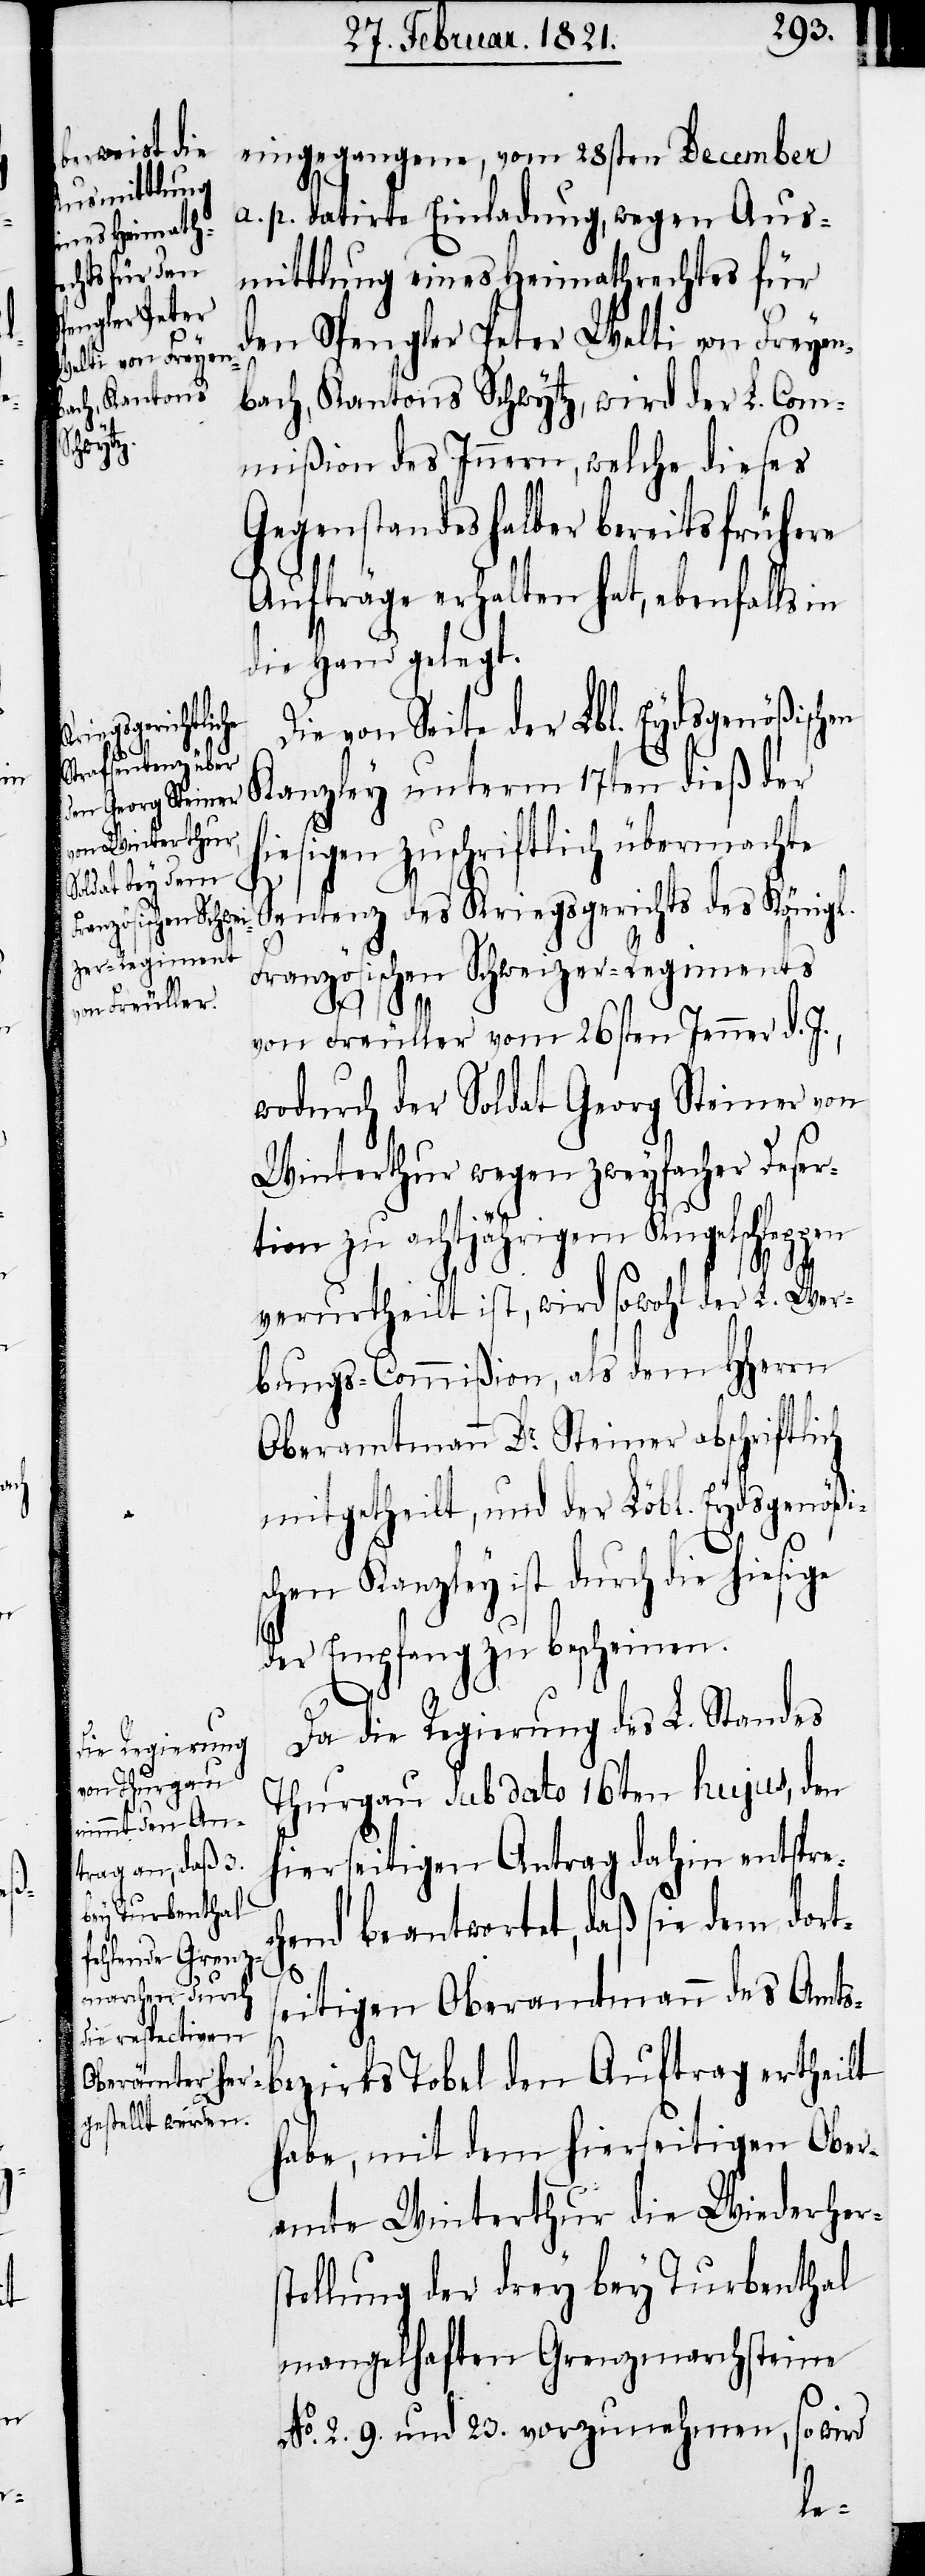
en

schen

Die von Seite der Lobl. Eydsgenößisch¬
Kanzley unterm 17ten dieß der
hiesigen zuschriftlich übermachte
Sentenz des Kriegsgerichts des Königl.
Französischen Schweizer-Regiments
ch
von Freuller vom 26sten Jenner d. J.,
wodurch der Soldat Georg Steiner von
Winterthur wegen zweyfacher Deser¬
tion zu achtjährigem Kugelschleppen
verurtheilt ist, wird sowohl der L. Wer¬
bungs-Commißion, als dem HHerrn
Oberamtmann Dr. Steiner abschriftli¬
mitgetheilt, und der Löbl. Eydsgenößi¬
Kanzley ist durch die hiesige
der Empfang zu bescheinen.
Da die Regierung des L. Standes
Thurgau sub dato 16ten hujus, den
hierseitigen Antrag dahin entsprec¬
hend beantwortet, daß sie dem dort¬
seitigen Oberamtmann des Amts¬
bezirks Tobel den Auftrag ertheilt
habe, mit dem hierseitigen Ober¬
amte Winterthur die Wiederhers¬
tellung der drey bey Turbenthal
mangelhaften Grenzmarchsteine
No. 2. 9. und 23. vorzunehmen, so wird